Annual statistical returns and brief notes on vaccination in Bengal - 1896-1909
Year: 1896
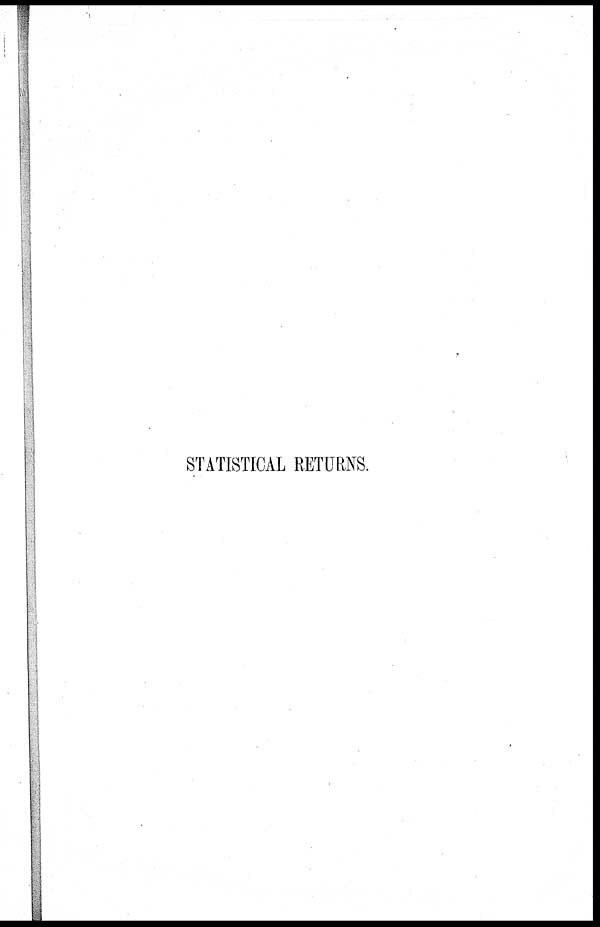
STATISTICAL RETURNS.